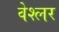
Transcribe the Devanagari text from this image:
वेश्लर